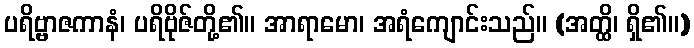
ပရိဗ္ဗာဇကာနံ၊ ပရိဗိုဇ်တို့၏။ အာရာမော၊ အရံကျောင်းသည်။ (အတ္ထိ၊ ရှိ၏။)